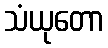
သံယုတော